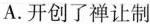
A.开创了禅让制